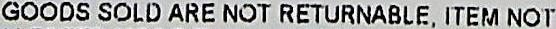
GOODS SOLD ARE NOT RETURNABLE, ITEM NOT